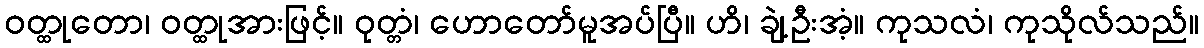
ဝတ္ထုတော၊ ဝတ္ထုအားဖြင့်။ ဝုတ္တံ၊ ဟောတော်မူအပ်ပြီ။ ဟိ၊ ချဲ့ဦးအံ့။ ကုသလံ၊ ကုသိုလ်သည်။